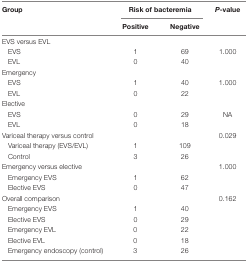
| Group | <COLSPAN=2> Risk of bacteremia | P-value |
 |  | Positive | Negative |  |
 | --- | --- | --- | --- |
 | EVS versus EVL |  |  |  |
 | EVS | 1 | 69 | 1.000 |
 | EVL | 0 | 40 |  |
 | Emergency |  |  |  |
 | EVS | 1 | 40 | 1.000 |
 | EVL | 0 | 22 |  |
 | Elective |  |  |  |
 | EVS | 0 | 29 | NA |
 | EVL | 0 | 18 |  |
 | Variceal therapy versus control |  |  | 0.029 |
 | Variceal therapy (EVS/EVL) | 1 | 109 |  |
 | Control | 3 | 26 |  |
 | Emergency versus elective |  |  | 1.000 |
 | Emergency EVS | 1 | 62 |  |
 | Elective EVS | 0 | 47 |  |
 | Overall comparison |  |  | 0.162 |
 | Emergency EVS | 1 | 40 |  |
 | Elective EVS | 0 | 29 |  |
 | Emergency EVL | 0 | 22 |  |
 | Elective EVL | 0 | 18 |  |
 | Emergency endoscopy (control) | 3 | 26 |  |